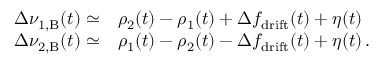
\begin{array} { r l } { \Delta \nu _ { \mathrm { 1 , B } } ( t ) \simeq } & { \rho _ { 2 } ( t ) - \rho _ { 1 } ( t ) + \Delta f _ { \mathrm { d r i f t } } ( t ) + \eta ( t ) } \\ { \Delta \nu _ { \mathrm { 2 , B } } ( t ) \simeq } & { \rho _ { 1 } ( t ) - \rho _ { 2 } ( t ) - \Delta f _ { \mathrm { d r i f t } } ( t ) + \eta ( t ) \, . } \end{array}